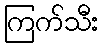
ကြက်သီး